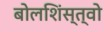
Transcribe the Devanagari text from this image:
बोलशिंस्त्वो